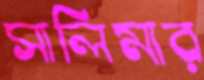
সালিমার